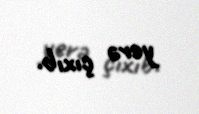
yerə çıxıb.